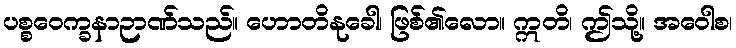
ပစ္စဝေက္ခနာဉာဏ်သည်။ ဟောတိနုခေါ၊ ဖြစ်၏လော။ ဣတိ၊ ဤသို့။ အဝေါစ၊